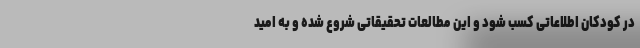
در کودکان اطلاعاتی کسب شود و این مطالعات تحقیقاتی شروع شده و به امید